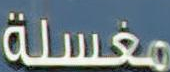
مغسلة